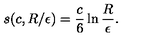
s ( c , R / \epsilon ) = { \frac { c } { 6 } } \ln { \frac { R } { \epsilon } } .